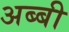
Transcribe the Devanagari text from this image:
अब्बी